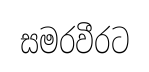
සමරවීරට